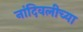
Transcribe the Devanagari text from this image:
नांदिवलीच्या